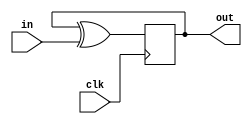
module top_module (
    input clk,
    input in, 
    output out);

    wire d;
    assign d = out ^ in;
    always@(posedge clk) begin
    	out <= d;    
    end
    
endmodule